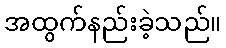
အထွက်နည်းခဲ့သည်။